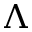
\Lambda